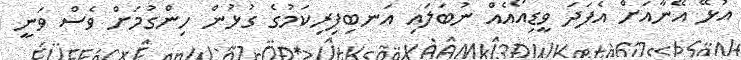
އުޅޭ އޭނާއަށް އެފަދަ ވީޑިއޯއެއް ނުބަލައި އަނބިފިރިކަމުގެ ގުޅުން ހިންގުމަށް ވެސް ވަނީ